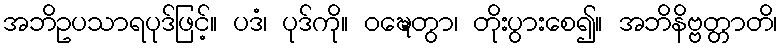
အဘိဥပသာရပုဒ်ဖြင့်။ ပဒံ၊ ပုဒ်ကို။ ဝဍ္ဎေတွာ၊ တိုးပွားစေ၍။ အဘိနိဗ္ဗတ္တာတိ၊